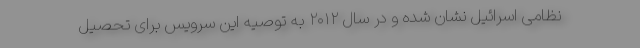
نظامی اسرائیل نشان شده و در سال ۲۰۱۲ به توصیه این سرویس برای تحصیل